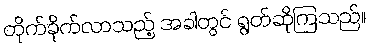
တိုက်ခိုက်လာသည့် အခါတွင် ရွတ်ဆိုကြသည်။